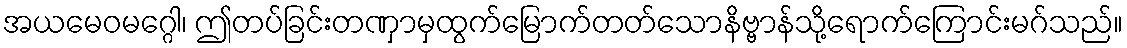
အယမေဝမဂ္ဂေါ၊ ဤတပ်ခြင်းတဏှာမှထွက်မြောက်တတ်သောနိဗ္ဗာန်သို့ရောက်ကြောင်းမဂ်သည်။